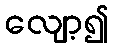
လျော့၍